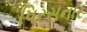
પિરસનાર